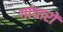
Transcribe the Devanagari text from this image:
गांधारों